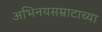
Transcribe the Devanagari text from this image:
अभिनयसम्राटाच्या